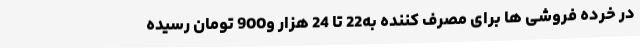
در خرده فروشی ها برای مصرف کننده به22 تا 24 هزار و900 تومان رسیده